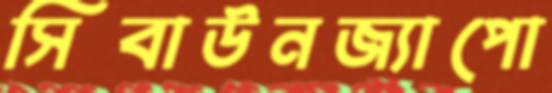
সিবাউনজ্যাপো